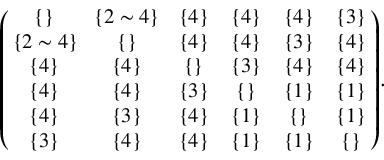
\begin{array} { r } { \small { \left( \! \! \begin{array} { c c c c c c } { \{ \} } & { \! \{ 2 \sim 4 \} \! } & { \{ 4 \} } & { \{ 4 \} } & { \{ 4 \} } & { \{ 3 \} } \\ { \{ 2 \sim 4 \} \! } & { \{ \} } & { \{ 4 \} } & { \{ 4 \} } & { \{ 3 \} } & { \{ 4 \} } \\ { \{ 4 \} } & { \{ 4 \} } & { \{ \} } & { \{ 3 \} } & { \{ 4 \} } & { \{ 4 \} } \\ { \{ 4 \} } & { \{ 4 \} } & { \{ 3 \} } & { \{ \} } & { \{ 1 \} } & { \{ 1 \} } \\ { \{ 4 \} } & { \{ 3 \} } & { \{ 4 \} } & { \{ 1 \} } & { \{ \} } & { \{ 1 \} } \\ { \{ 3 \} } & { \{ 4 \} } & { \{ 4 \} } & { \{ 1 \} } & { \{ 1 \} } & { \{ \} } \end{array} \! \! \right) \! . } } \end{array}